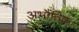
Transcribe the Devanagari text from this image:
अभौतिक।